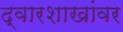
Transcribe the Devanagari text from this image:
द्वारशाखांवर